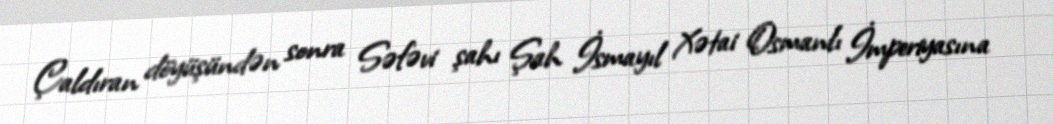
Çaldıran döyüşündən sonra Səfəvi şahı Şah İsmayıl Xətai Osmanlı İmperiyasına